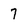
Character: 7